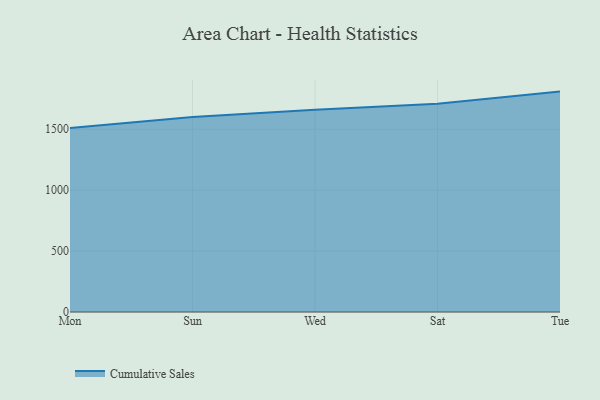
{"axis": {"x": "Day", "y": "Shipments"}, "legend": ["Cumulative Sales"], "data": [{"x": "Mon", "y": 1509.3, "type": "Cumulative Sales"}, {"x": "Sun", "y": 1599.4, "type": "Cumulative Sales"}, {"x": "Wed", "y": 1658.9, "type": "Cumulative Sales"}, {"x": "Sat", "y": 1710.1, "type": "Cumulative Sales"}, {"x": "Tue", "y": 1808.8, "type": "Cumulative Sales"}]}